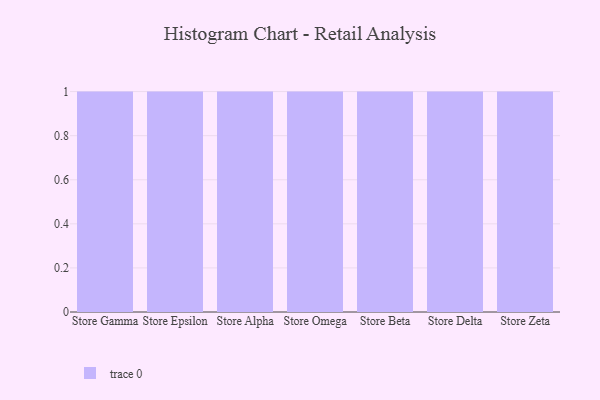
{"axis": {"x": "Store", "y": "Population (Million)"}, "legend": [""], "data": [{"x": "Store Gamma", "y": 43, "type": ""}, {"x": "Store Epsilon", "y": 78, "type": ""}, {"x": "Store Alpha", "y": 25, "type": ""}, {"x": "Store Omega", "y": 95, "type": ""}, {"x": "Store Beta", "y": 60, "type": ""}, {"x": "Store Delta", "y": 16, "type": ""}, {"x": "Store Zeta", "y": 40, "type": ""}]}